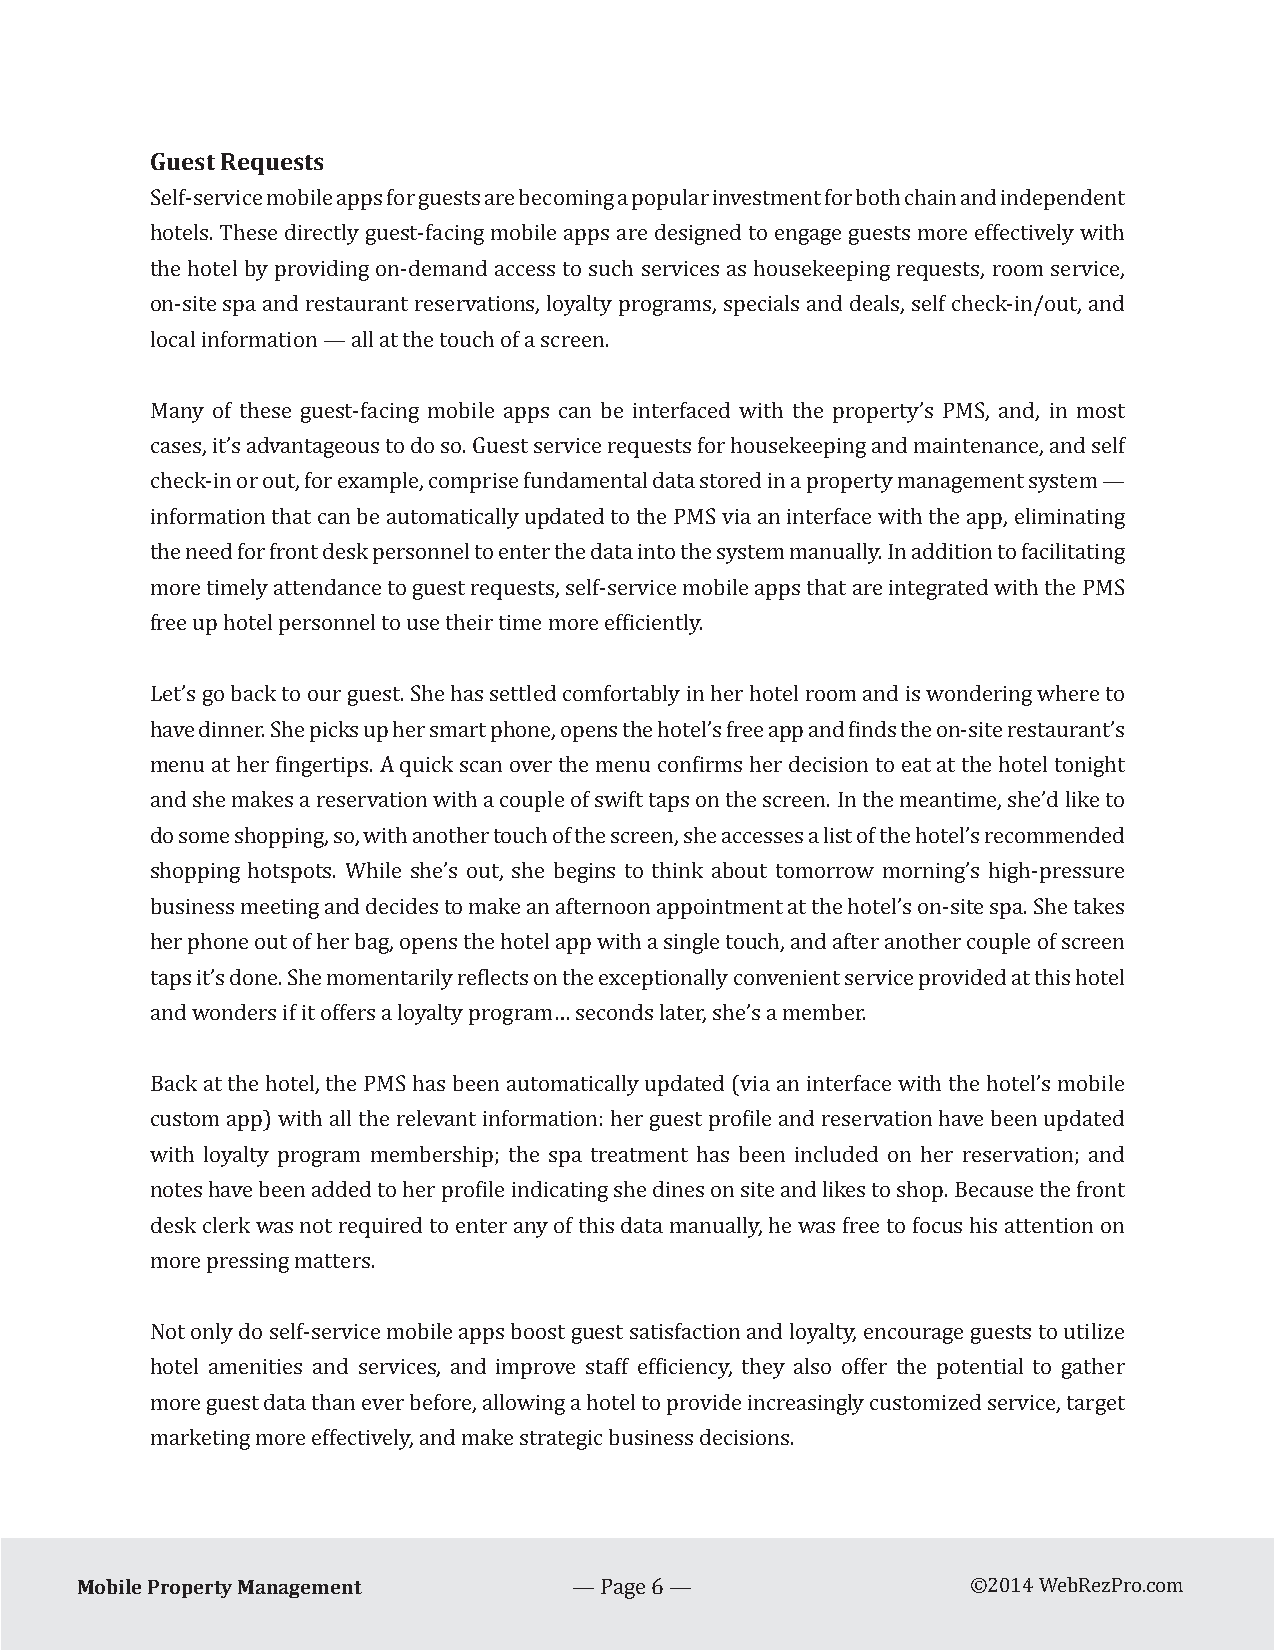
Guest Requests
 Self-service mobile apps for guests are becoming a popular investment for both chain and independent
 hotels. These directly guest-facing mobile apps are designed to engage guests more effectively with
 the hotel by providing on-demand access to such services as housekeeping requests, room service,
 on-site spa and restaurant reservations, loyalty programs, specials and deals, self check-in/out, and
 local information — all at the touch of a screen.
 Many of these guest-facing mobile apps can be interfaced with the property’s PMS, and, in most
 cases, it’s advantageous to do so. Guest service requests for housekeeping and maintenance, and self
 check-in or out, for example, comprise fundamental data stored in a property management system —
 information that can be automatically updated to the PMS via an interface with the app, eliminating
 the need for front desk personnel to enter the data into the system manually. In addition to facilitating
 more timely attendance to guest requests, self-service mobile apps that are integrated with the PMS
 free up hotel personnel to use their time more efficiently.
 Let’s go back to our guest. She has settled comfortably in her hotel room and is wondering where to
 have dinner. She picks up her smart phone, opens the hotel’s free app and finds the on-site restaurant’s
 menu at her fingertips. A quick scan over the menu confirms her decision to eat at the hotel tonight
 and she makes a reservation with a couple of swift taps on the screen. In the meantime, she’d like to
 do some shopping, so, with another touch of the screen, she accesses a list of the hotel’s recommended
 shopping hotspots. While she’s out, she begins to think about tomorrow morning’s high-pressure
 business meeting and decides to make an afternoon appointment at the hotel’s on-site spa. She takes
 her phone out of her bag, opens the hotel app with a single touch, and after another couple of screen
 taps it’s done. She momentarily reflects on the exceptionally convenient service provided at this hotel
 and wonders if it offers a loyalty program… seconds later, she’s a member.
 Back at the hotel, the PMS has been automatically updated (via an interface with the hotel’s mobile
 custom app) with all the relevant information: her guest profile and reservation have been updated
 with loyalty program membership; the spa treatment has been included on her reservation; and
 notes have been added to her profile indicating she dines on site and likes to shop. Because the front
 desk clerk was not required to enter any of this data manually, he was free to focus his attention on
 more pressing matters.
 Not only do self-service mobile apps boost guest satisfaction and loyalty, encourage guests to utilize
 hotel amenities and services, and improve staff efficiency, they also offer the potential to gather
 more guest data than ever before, allowing a hotel to provide increasingly customized service, target
 marketing more effectively, and make strategic business decisions.
 Mobile Property Management
 — Page 6 —                ©2014 WebRezPro.com